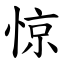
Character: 惊